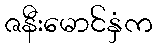
ဇနီးမောင်နှံက